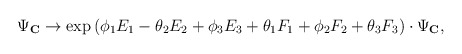
\begin{align*}\Psi_{\bf C} \rightarrow \exp{(\phi_1 E_1 - \theta_2 E_2 + \phi_3 E_3 + \theta_1 F_1 + \phi_2 F_2 + \theta_3 F_3)} \cdot \Psi_{\bf C},\end{align*}